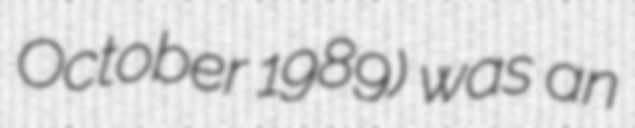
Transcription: October 1989) was an